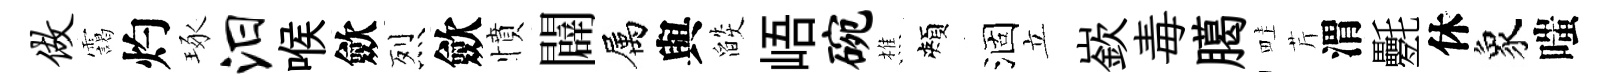
做靄灼琢汨喉歛烈歛憤闢属與燄峿碗樵頰涸立嶔毒臈畦芹渭氎休象嗤